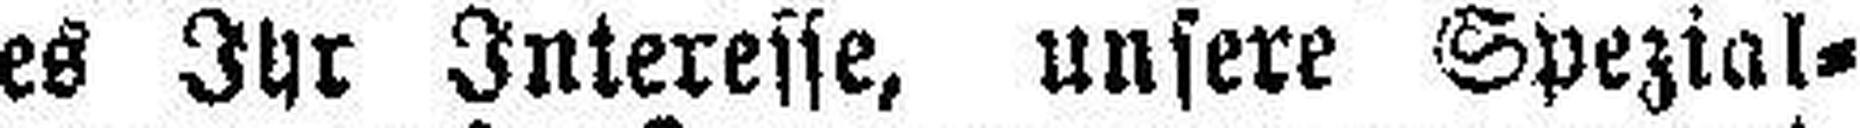
es Ihr Interesse, unsere Spezial¬